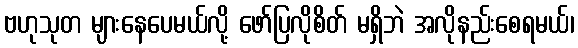
ဗဟုသုတ များနေပေမယ်လို့ ဖော်ပြလိုစိတ် မရှိဘဲ အလိုနည်းစေရမယ်၊